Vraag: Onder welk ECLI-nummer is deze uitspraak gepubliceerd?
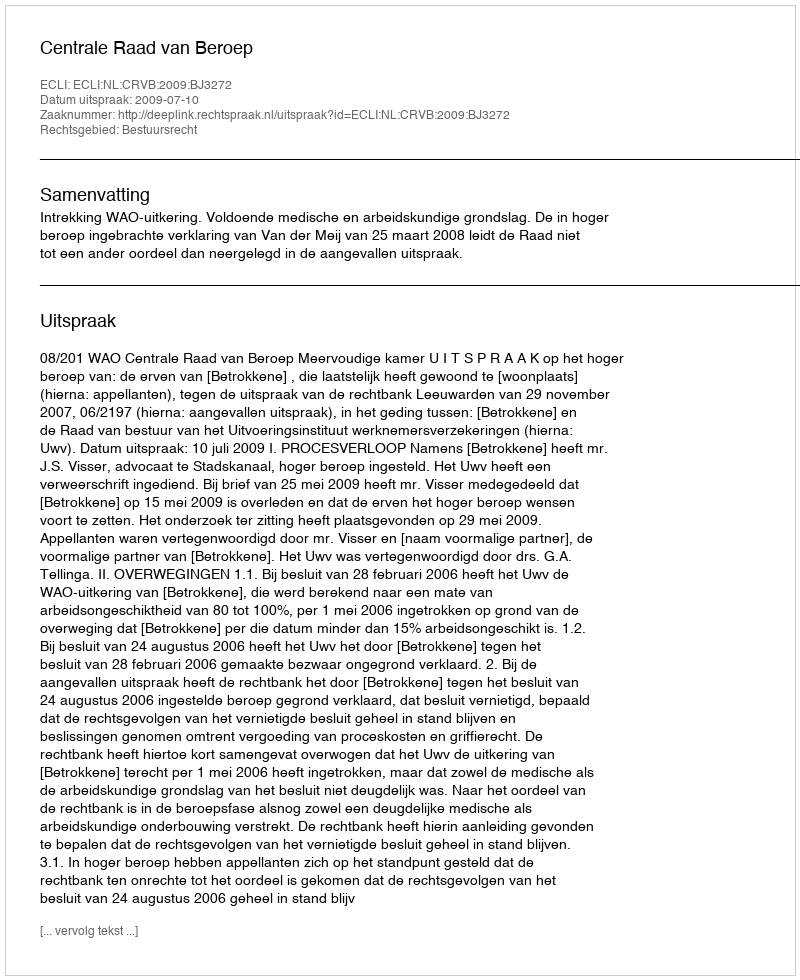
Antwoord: ECLI:NL:CRVB:2009:BJ3272